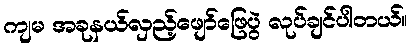
ကျမ အခုနယ်လှည့်ဖျော်ဖြေပွဲ လုပ်ချင်ပါတယ်။